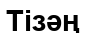
Тізәң